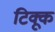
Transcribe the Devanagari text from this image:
टिक्कू